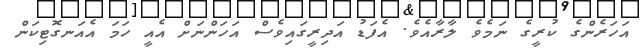
އަހަރެންގެ ކުރީގެ ނަމެވެ ލާރާއެވެ. އެފަޑު އަދިރީގައިވެސް އަހަންނަށް އެއީ ހަމަ އެއަނގޮޓިކަން